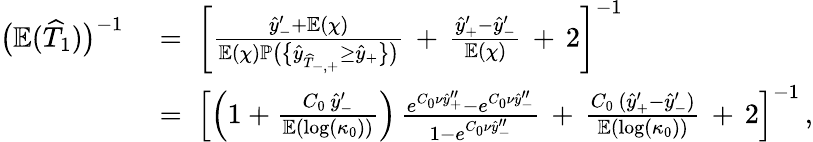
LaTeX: \begin{array}{rl}{\big(\mathbb{E}(\widehat{T}_{1})\big)^{-1}}&{\; =\; \left[\frac{\widehat{y}_{-}^{\prime}+\mathbb{E}(\chi)}{\mathbb{E}(\chi)\mathbb{P}\big(\big\{ \widehat{y}_{\widehat{T}_{-,+}}\geq\widehat{y}_{+}\big\} \big)}\, +\, \frac{\widehat{y}_{+}^{\prime}-\widehat{y}_{-}^{\prime}}{\mathbb{E}(\chi)}\, +\, 2\right]^{-1}}\\ &{\; =\; \left[\left(1+\frac{C_{0}\, \widehat{y}_{-}^{\prime}}{\mathbb{E}(\log(\kappa_{0}))}\right)\, \frac{e^{C_{0}\nu\widehat{y}_{+}^{\prime\prime}}-e^{C_{0}\nu\widehat{y}_{-}^{\prime\prime}}}{1-e^{C_{0}\nu\widehat{y}_{-}^{\prime\prime}}}\, +\, \frac{C_{0}\, (\widehat{y}_{+}^{\prime}-\widehat{y}_{-}^{\prime})}{\mathbb{E}(\log(\kappa_{0}))}\, +\, 2\right]^{-1}\, ,}\end{array}